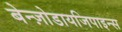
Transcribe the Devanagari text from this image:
बेन्ज़ोडायजिपाइन्स